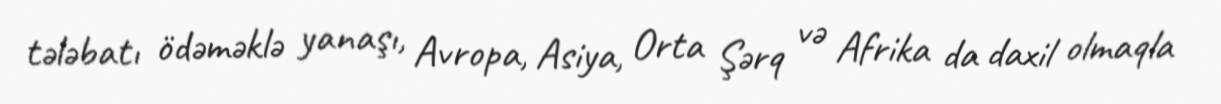
tələbatı ödəməklə yanaşı, Avropa, Asiya, Orta Şərq və Afrika da daxil olmaqla